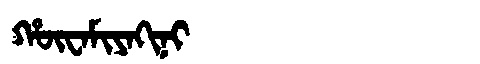
Manchu: ᡥᡡᠸᠠᠮᡳᠶᠠᡴᡳᠨᡳ
Romanization: HŪWAMIYAKINI